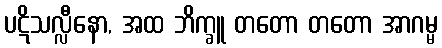
ပဋိသလ္လီနော, အထ ဘိက္ခူ တတော တတော အာဂမ္မ